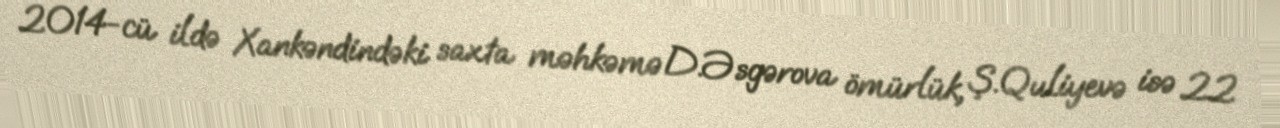
2014-cü ildə Xankəndindəki saxta məhkəmə D.Əsgərova ömürlük, Ş.Quliyevə isə 22